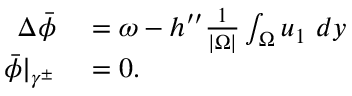
\begin{array} { r l } { \Delta \bar { \phi } } & { { } = \omega - h ^ { \prime \prime } \frac { 1 } { | \Omega | } \int _ { \Omega } u _ { 1 } \ d y } \\ { \bar { \phi } \vert _ { \gamma ^ { \pm } } } & { { } = 0 . } \end{array}